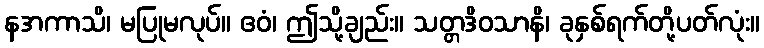
နအကာသိ၊ မပြုမလုပ်။ ဧဝံ၊ ဤသို့ချည်း။ သတ္တဒိဝသာနိ၊ ခုနှစ်ရက်တို့ပတ်လုံး။